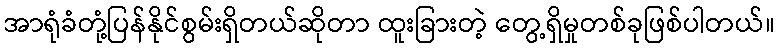
အာရုံခံတုံ့ပြန်နိုင်စွမ်းရှိတယ်ဆိုတာ ထူးခြားတဲ့ တွေ့ရှိမှုတစ်ခုဖြစ်ပါတယ်။